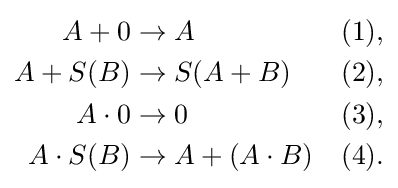
{\begin{aligned}A+0&\to A&{\textrm {(1)}},\\A+S(B)&\to S(A+B)&{\textrm {(2)}},\\A\cdot 0&\to 0&{\textrm {(3)}},\\A\cdot S(B)&\to A+(A\cdot B)&{\textrm {(4)}}.\end{aligned}}